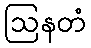
ဩနတံ